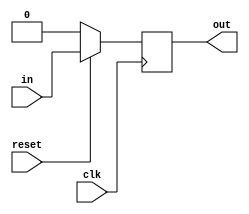
`timescale 1ns / 1ps
//////////////////////////////////////////////////////////////////////////////////
// Company: 
// Engineer: 
// 
// Design Name: 
// Module Name: d_ff
// Project Name: 
// Target Devices: 
// Tool Versions: 
// Description: 
// 
// Dependencies: 
// 
// Revision:
// Revision 0.01 - File Created
// Additional Comments:
//
//////////////////////////////////////////////////////////////////////////////////

module d_ff(input clk, input reset, input in, output reg out);

always @(negedge clk)
    begin
        if(reset == 1'b0)
            out = 1'b0;
        else
            out = in;
    end
endmodule